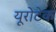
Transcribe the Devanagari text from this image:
यूरोटेक